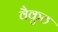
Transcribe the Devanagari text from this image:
वैकुठ